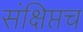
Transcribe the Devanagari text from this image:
संक्षिप्तच